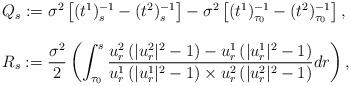
LaTeX: \begin{align*}\begin{array}{ll}\displaystyle{Q_s:=\sigma^2 \left[(t^1)^{-1}_s -(t^2)^{-1}_s\right] - \sigma^2 \left[(t^1)^{-1}_{\tau_0} -(t^2)^{-1}_{\tau_0}\right], } \\\\\displaystyle{R_s:=\frac{\sigma^2}{2}\left(\int_{\tau_0}^{s}\frac{u_r^2 \left(|u_r^2|^2-1\right)-u_r^1 \left(|u_r^1|^2-1\right)}{u_r^1 \left(|u_r^1|^2-1\right) \times u_r^2 \left(|u_r^2|^2-1\right)}dr\right),}\\\end{array}\end{align*}